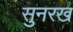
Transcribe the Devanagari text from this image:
सुनरख